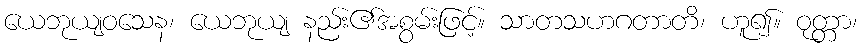
ယေဘုယျဝသေန၊ ယေဘုယျ နည်း၏အစွမ်းဖြင့်။ သာတသဟဂတာတိ၊ ဟူ၍။ ဝုတ္တာ၊